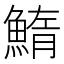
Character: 鰖